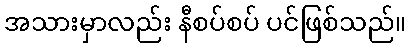
အသားမှာလည်း နီစပ်စပ် ပင်ဖြစ်သည်။